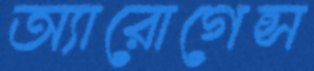
অ্যারোগেন্স